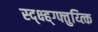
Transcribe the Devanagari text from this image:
स्द्क्ष्ह्ग्फ्तुय्त्कि